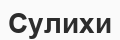
Сулихи